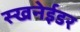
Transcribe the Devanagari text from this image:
स्खनेईडर